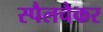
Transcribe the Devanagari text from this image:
स्पैलचैकर